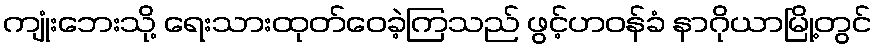
ကျုံးဘေးသို့ ရေးသားထုတ်ဝေခဲ့ကြသည် ဖွင့်ဟဝန်ခံ နာဂိုယာမြို့တွင်